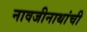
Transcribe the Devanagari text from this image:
नावजीनाथांची